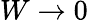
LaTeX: W\to 0